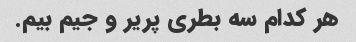
هر کدام سه بطری پریر و جیم بیم.